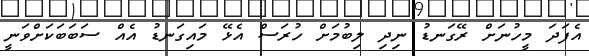
އެފަދަ މީހުނަށް ރޭގަނޑު ނިދި ލިބުމަށް ހުރަސް އެޅޭ މައިގަނޑު އެއް ސަބަބަކަށްވަނީ